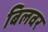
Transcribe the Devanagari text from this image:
बिलवर